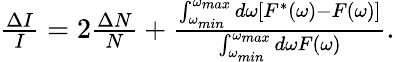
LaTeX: \begin{array}{r}{\frac{\Delta I}{I}=2\frac{\Delta N}{N}+\frac{\int_{\omega_{min}}^{\omega_{max}}d\omega[F^{*}(\omega)-F(\omega)]}{\int_{\omega_{min}}^{\omega_{max}}d\omega F(\omega)}.}\end{array}